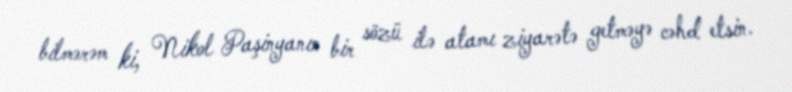
bilmərəm ki, Nikol Paşinyanın bir sözü ilə atamı ziyarətə getməyə cəhd etsin.